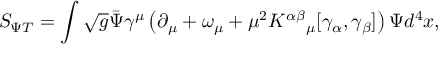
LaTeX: S _ { \Psi T } = \int \sqrt { g } { \bar { \Psi } } \gamma ^ { \mu } \left( \partial _ { \mu } + \omega _ { \mu } + \mu ^ { 2 } K ^ { \alpha \beta } { } _ { \mu } [ \gamma _ { \alpha } , \gamma _ { \beta } ] \right) \Psi d ^ { 4 } x ,